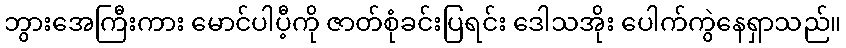
ဘွားအေကြီးကား မောင်ပါပီ့ကို ဇာတ်စုံခင်းပြရင်း ဒေါသအိုး ပေါက်ကွဲနေရှာသည်။